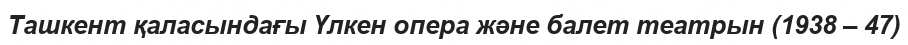
Ташкент қаласындағы Үлкен опера және балет театрын (1938 – 47)